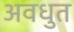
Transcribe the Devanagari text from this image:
अवधुत